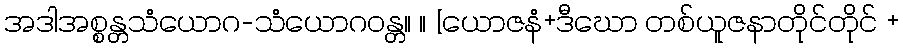
အဒါအစ္စန္တသံယောဂ-သံယောဂဝန္တ။ ။ [ယောဇနံ+ဒီဃော တစ်ယူဇနာတိုင်တိုင် +